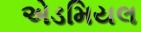
એડમિયલ